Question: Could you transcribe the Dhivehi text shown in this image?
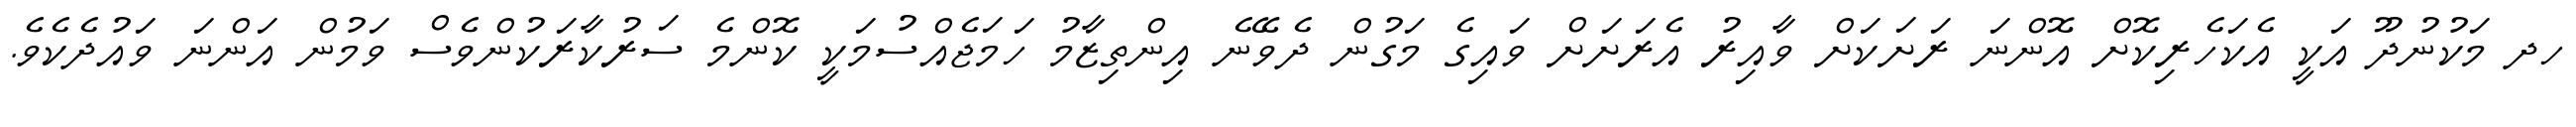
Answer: ހދ މަކުނުދޫ އަކީ އެކަހެރިކޮށް އޮންނަ ރަށަކަށް ވާއިރު އެރަށަށް ވައިގެ މަގުން ދެވޭނެ އިންތިޒާމު ހަމަޖެއްސުމަކީ ކޮންމެ ސަރުކާރަކުންވެސް ވަމުން އަންނަ ވައުދެކެވެ.